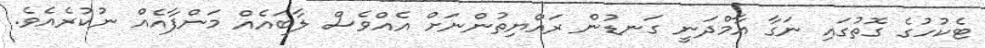
ޓެކުހުގެ ގޮތުގައި ނަގާ އާމްދަނީ ގަނޑުން ރައްޔިތުންނަށް އެއްވެސް ލާބައެއް މަންފާއެއް ނުކުރެއެވެ.